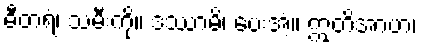
ဓီတရံ၊ သမီးကို။ ဒဿာမိ၊ ပေးအံ့။ ဣတိအာဟ၊